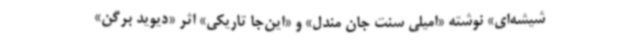
شیشه‌ای» نوشته «امیلی سنت جان مندل» و «این‌جا تاریکی» اثر «دیوید برگن»